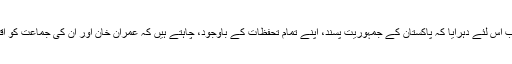
آج کے دن میں یہ سب اس لئے دہرایا کہ پاکستان کے جمہوریت پسند، اپنے تمام تحفظات کے باوجود، چاہتے ہیں کہ عمران خان اور ان کی جماعت کو اقتدار منتقل کیا جائے۔